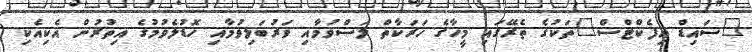
"ސައިޑް އިފެކްޓްސް"ތަކުގެ ތެރޭގައި މީހާގެ ހަރަކާތް ލަސްވުމާއި ވަރުބަލިވުމާއި ހޮޑުލެވުމުގެ އިތުރުން އެކިއެކި